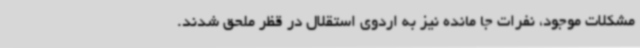
مشکلات موجود، نفرات جا مانده نیز به اردوی استقلال در قظر ملحق شدند.